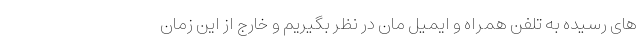
های رسیده به تلفن همراه و ایمیل مان در نظر بگیریم و خارج از این زمان